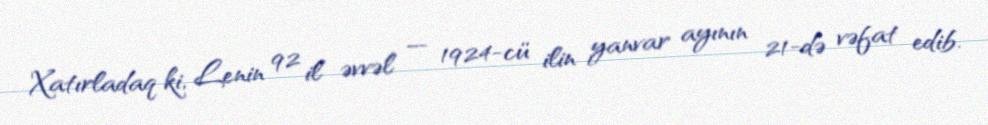
Xatırladaq ki, Lenin 92 il əvvəl — 1924-cü ilin yanvar ayının 21-də vəfat edib.